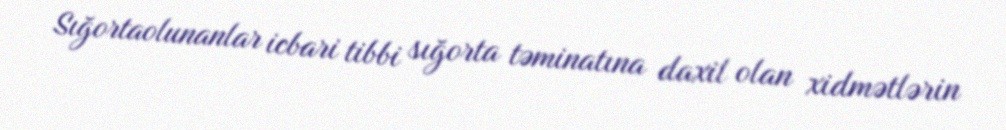
Sığortaolunanlar icbari tibbi sığorta təminatına daxil olan xidmətlərin